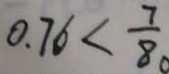
0 . 7 6 < \frac { 7 } { 8 }